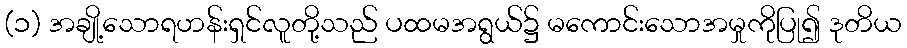
(၁) အချို့သောရဟန်းရှင်လူတို့သည် ပထမအရွယ်၌ မကောင်းသောအမှုကိုပြု၍ ဒုတိယ